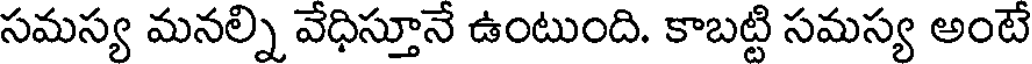
సమస్య మనల్ని వేధిస్తూనే ఉంటుంది. కాబట్టి సమస్య అంటే